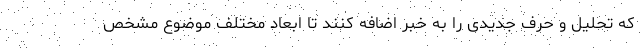
که تحلیل و حرف جدیدی را به خبر اضافه کنند تا ابعاد مختلف موضوع مشخص